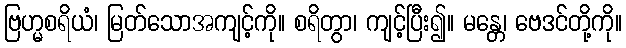
ဗြဟ္မစရိယံ၊ မြတ်သောအကျင့်ကို။ စရိတွာ၊ ကျင့်ပြီး၍။ မန္တေ၊ ဗေဒင်တို့ကို။